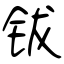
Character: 钹